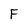
Character: F